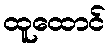
ထူထောင်